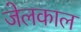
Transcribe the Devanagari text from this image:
जेलकाल